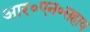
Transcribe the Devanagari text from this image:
आर०एन०सहाय